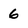
Character: 6